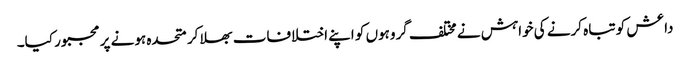
داعش کو تباہ کرنے کی خواہش نے مختلف گروہوں کو اپنے اختلافات بھلا کر متحدہ ہونے پر مجبور کیا۔